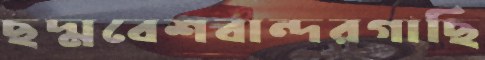
ছদ্মবেশবান্দরগাছি